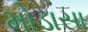
મોડાસા